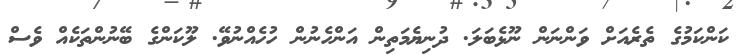
ކަންކަމުގެ ތެރެއަށް ވަންނަން ނޫޅެބަލަ. ދުނިޔެމަތިން އަންހެނުން ހުހެއްނުވޭ. ލޫކަންގެ ބޭނުންތަކެއް ވެސް